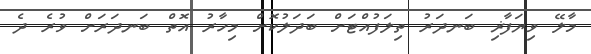
މާލޭ ވިޔަފާޜި ބަނދަރު ތިލަފުއްޓަށް ބަދަލުކޮށް މިހާރު އޮތް ބަނދަރަށް ވުރެ ދެ